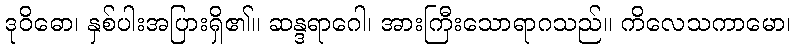
ဒုဝိဓော၊ နှစ်ပါးအပြားရှိ၏။ ဆန္ဒရာဂေါ၊ အားကြီးသောရာဂသည်။ ကိလေသကာမော၊